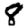
Digit: 8